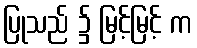
ပြုသည် ၌ မြင့်မြင့် က